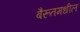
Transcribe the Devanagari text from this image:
बैरूतमधील